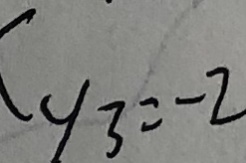
y _ { 3 } = - 2